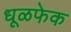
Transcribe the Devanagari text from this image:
धूळफेक